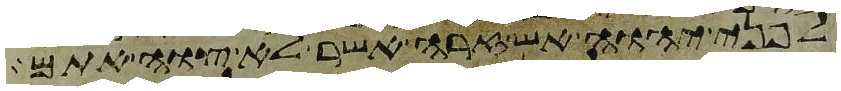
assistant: לפני יהוה אש זרה אשר לא צוה אתם